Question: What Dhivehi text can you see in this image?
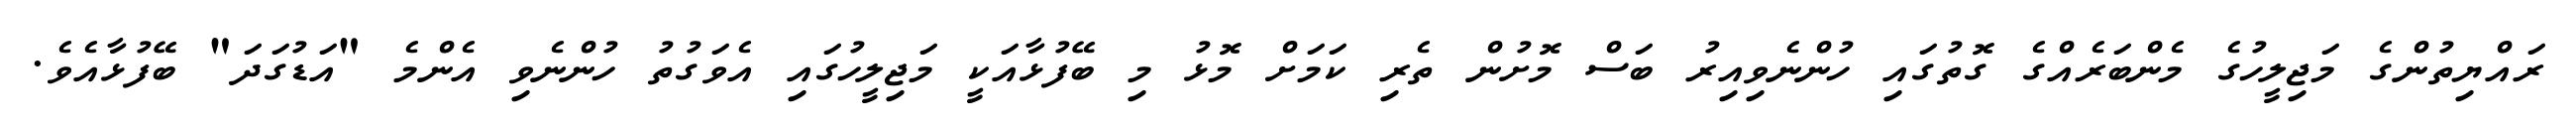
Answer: ރައްޔިތުންގެ މަޖިލީހުގެ މެންބަރެއްގެ ގޮތުގައި ހުންނެވިއިރު ބަސް މޮށުން ތެރި ކަމަށް މޮޅު މި ބޭފުޅާއަކީ މަޖިލީހުގައި އެވަގުތު ހުންނެވި އެންމެ "އަޑުގަދަ" ބޭފުޅާއެވެ.